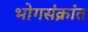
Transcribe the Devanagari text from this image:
भोगसंक्रांत